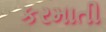
કરમાતી